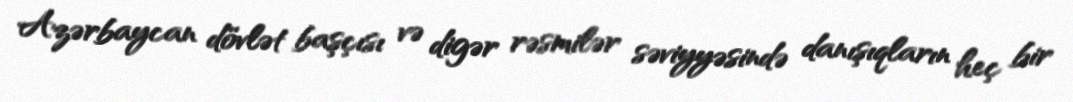
Azərbaycan dövlət başçısı və digər rəsmilər səviyyəsində danışıqların heç bir